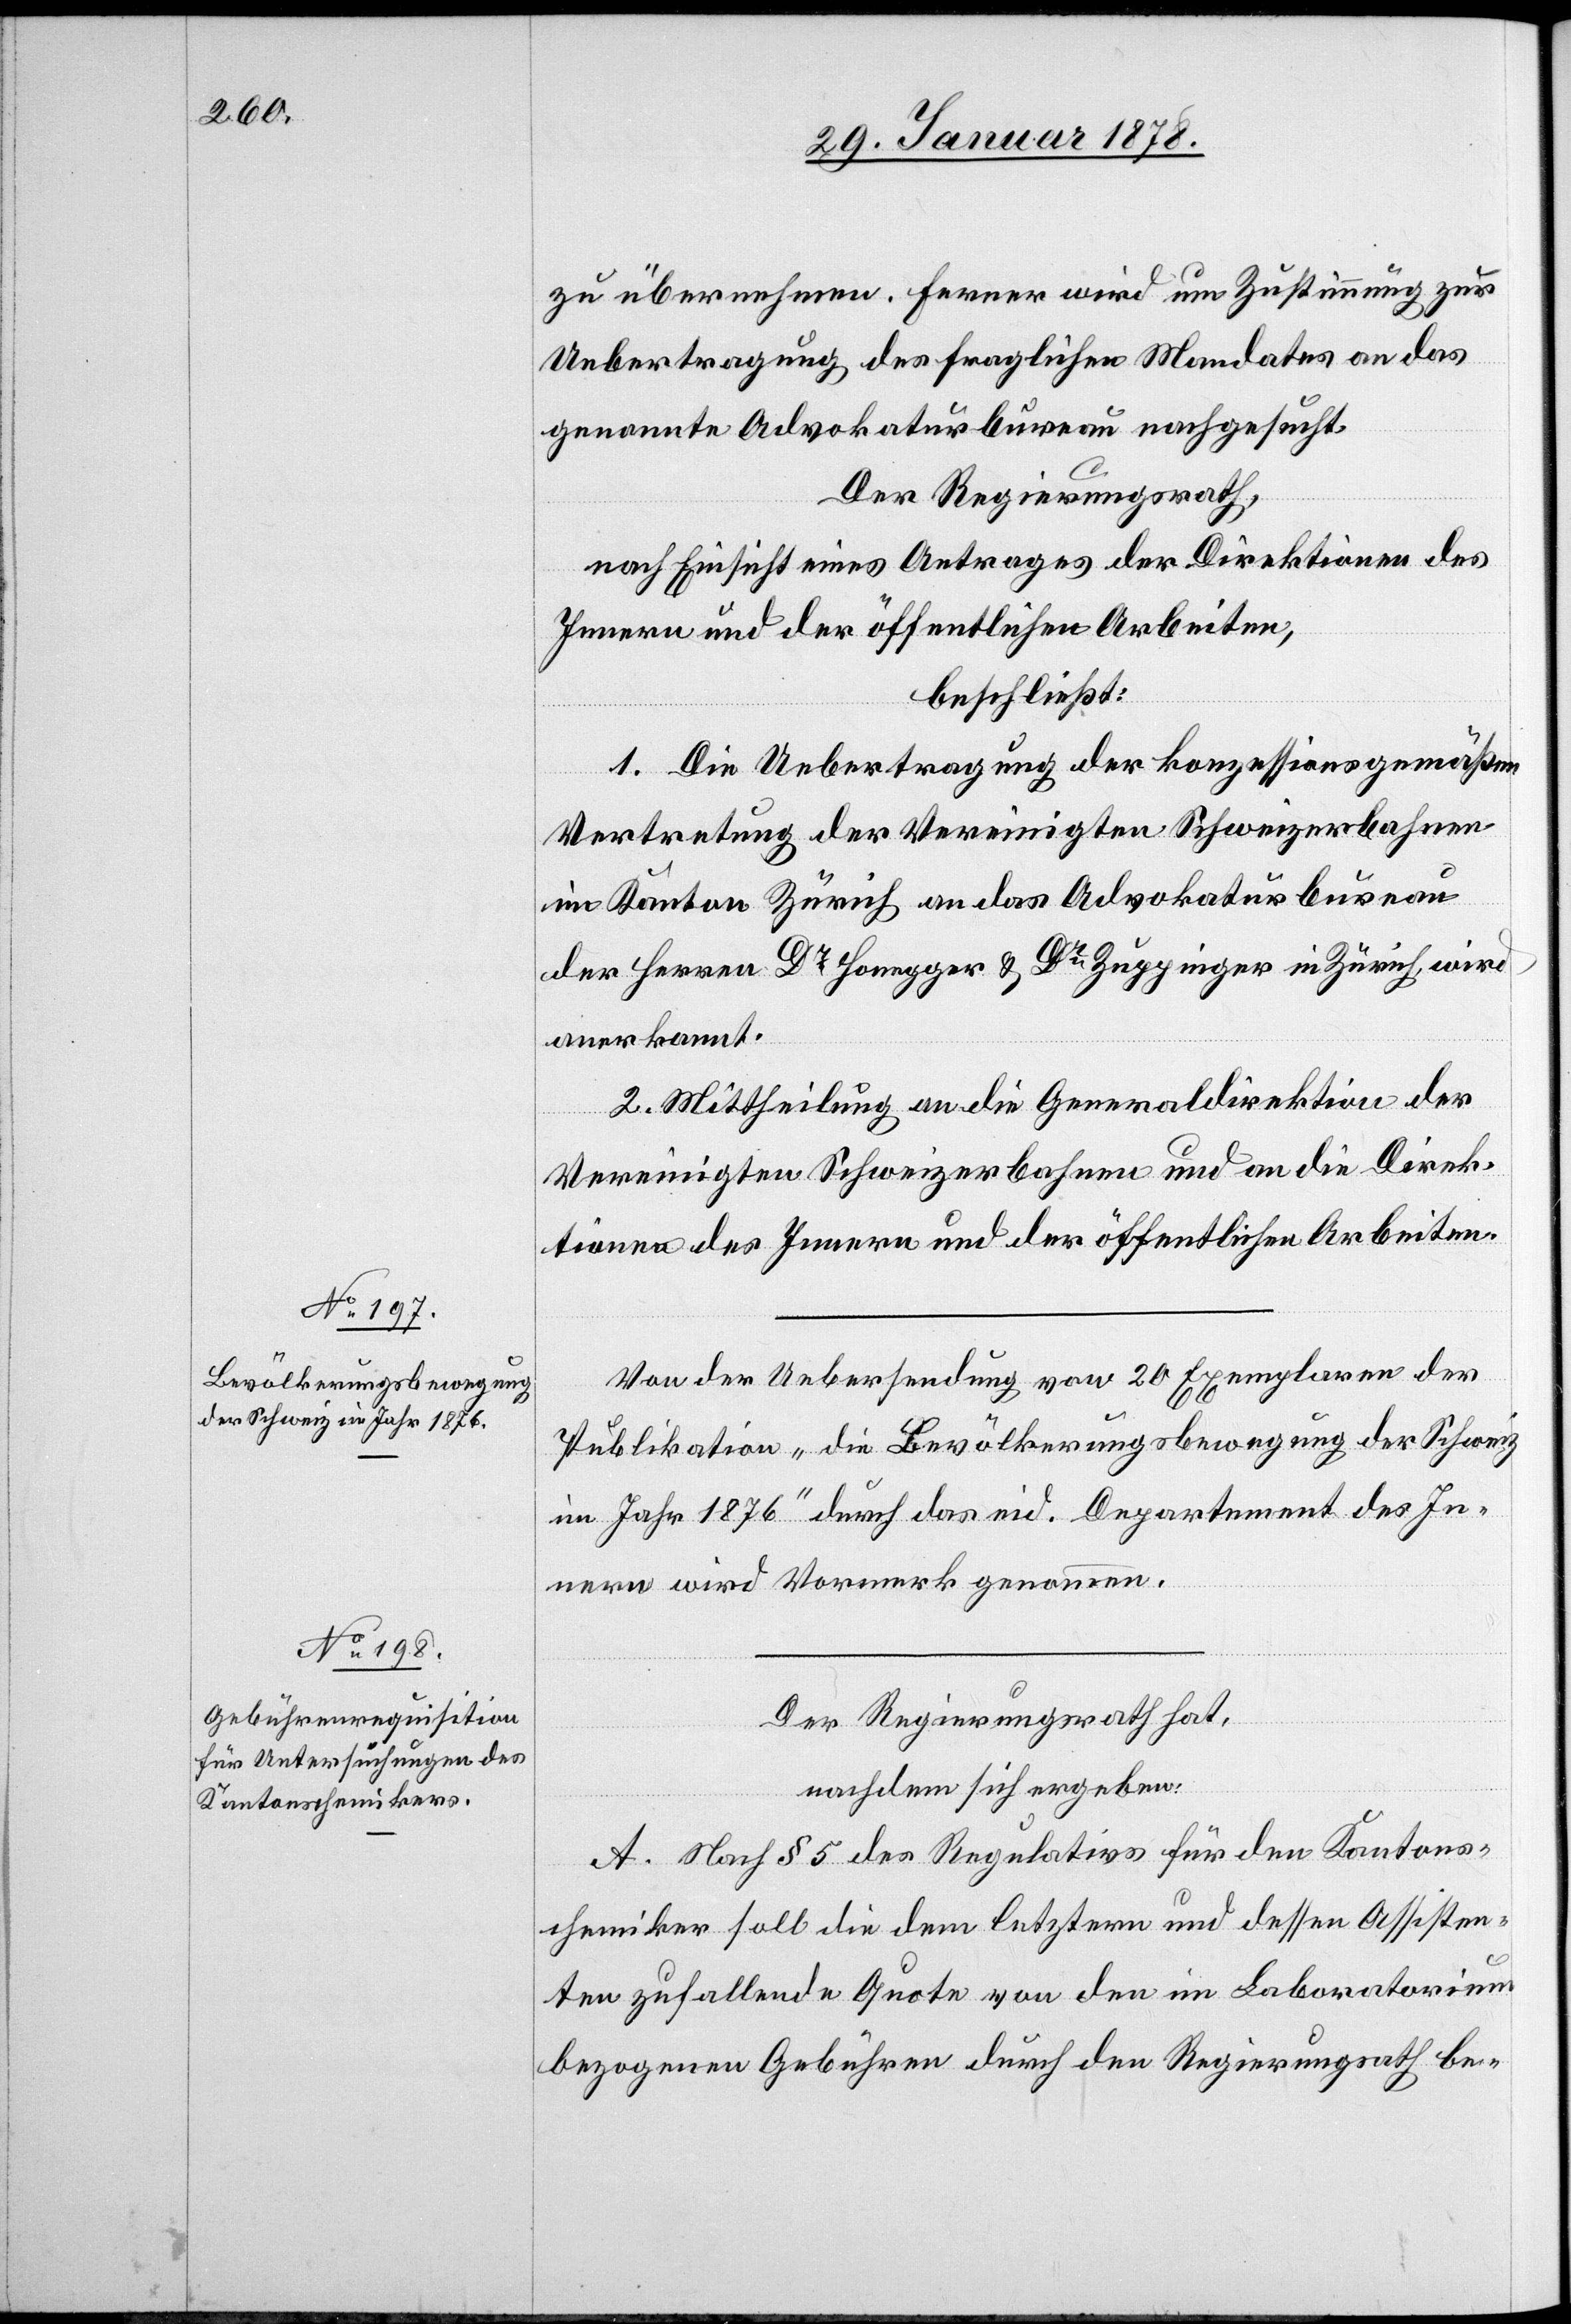
zu übernehmen. Ferner wird um Zustimmung zur
Uebertragung des fraglichen Mandates an das
genannte Advokaturbureau nachgesucht.
Der Regierungsrath,
nach Einsicht eines Antrages der Direktion des
Innern und der öffentlichen Arbeiten,
beschließt:
1. Die Uebertragung der konzessionsgemäßen
Vertretung der Vereinigten Schweizerbahnen
im Kanton Zürich an das Advokaturbureau
der Herren Dr Honegger & Dr Zuppinger in Zürich wird
anerkannt.
2. Mittheilung an die Generaldirektion der
Vereinigten Schweizerbahnen und an die Direk¬
tionen des Innern und der öffentlichen Arbeiten.
Von der Uebersendung von 20 Exemplaren der
Publikation „die Bevölkerungsbewegung der Schweiz
im Jahr 1876“ durch das eid. Departement des In¬
nern wird Vormerk genommen.
Der Regierungsrath hat,
nachdem sich ergeben:
A. Nach § 5 des Regulativs für den Kantons¬
chemiker soll die dem letztern und dessen Assisten¬
ten zufallende Quote von den im Laboratorium
bezogenen Gebühren durch den Regierungsrath be-